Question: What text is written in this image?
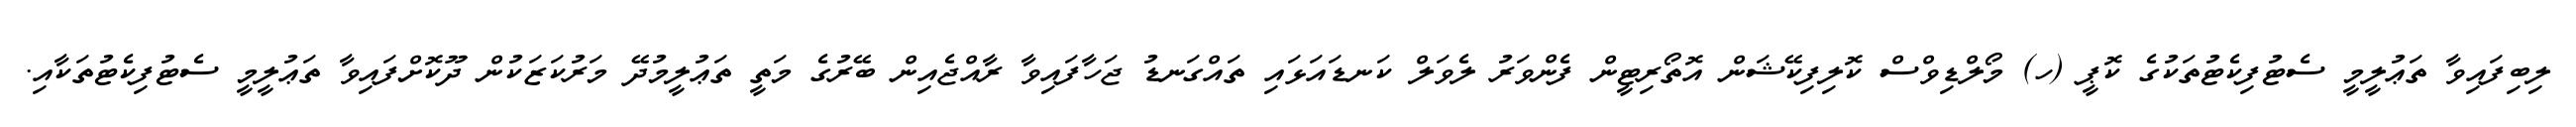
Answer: ލިބިފައިވާ ތަޢުލީމީ ސެޓުފިކެޓުތަކުގެ ކޮޕީ (ހ) މޯލްޑިވްސް ކޮލިފިކޭޝަން އޮތޯރިޓީން ފެންވަރު ލެވަލް ކަނޑައަޅައި ތައްގަނޑު ޖަހާފައިވާ ރާއްޖެއިން ބޭރުގެ މަތީ ތަޢުލީމުދޭ މަރުކަޒަކުން ދޫކޮށްފައިވާ ތަޢުލީމީ ސެޓުފިކެޓުތަކާއި.